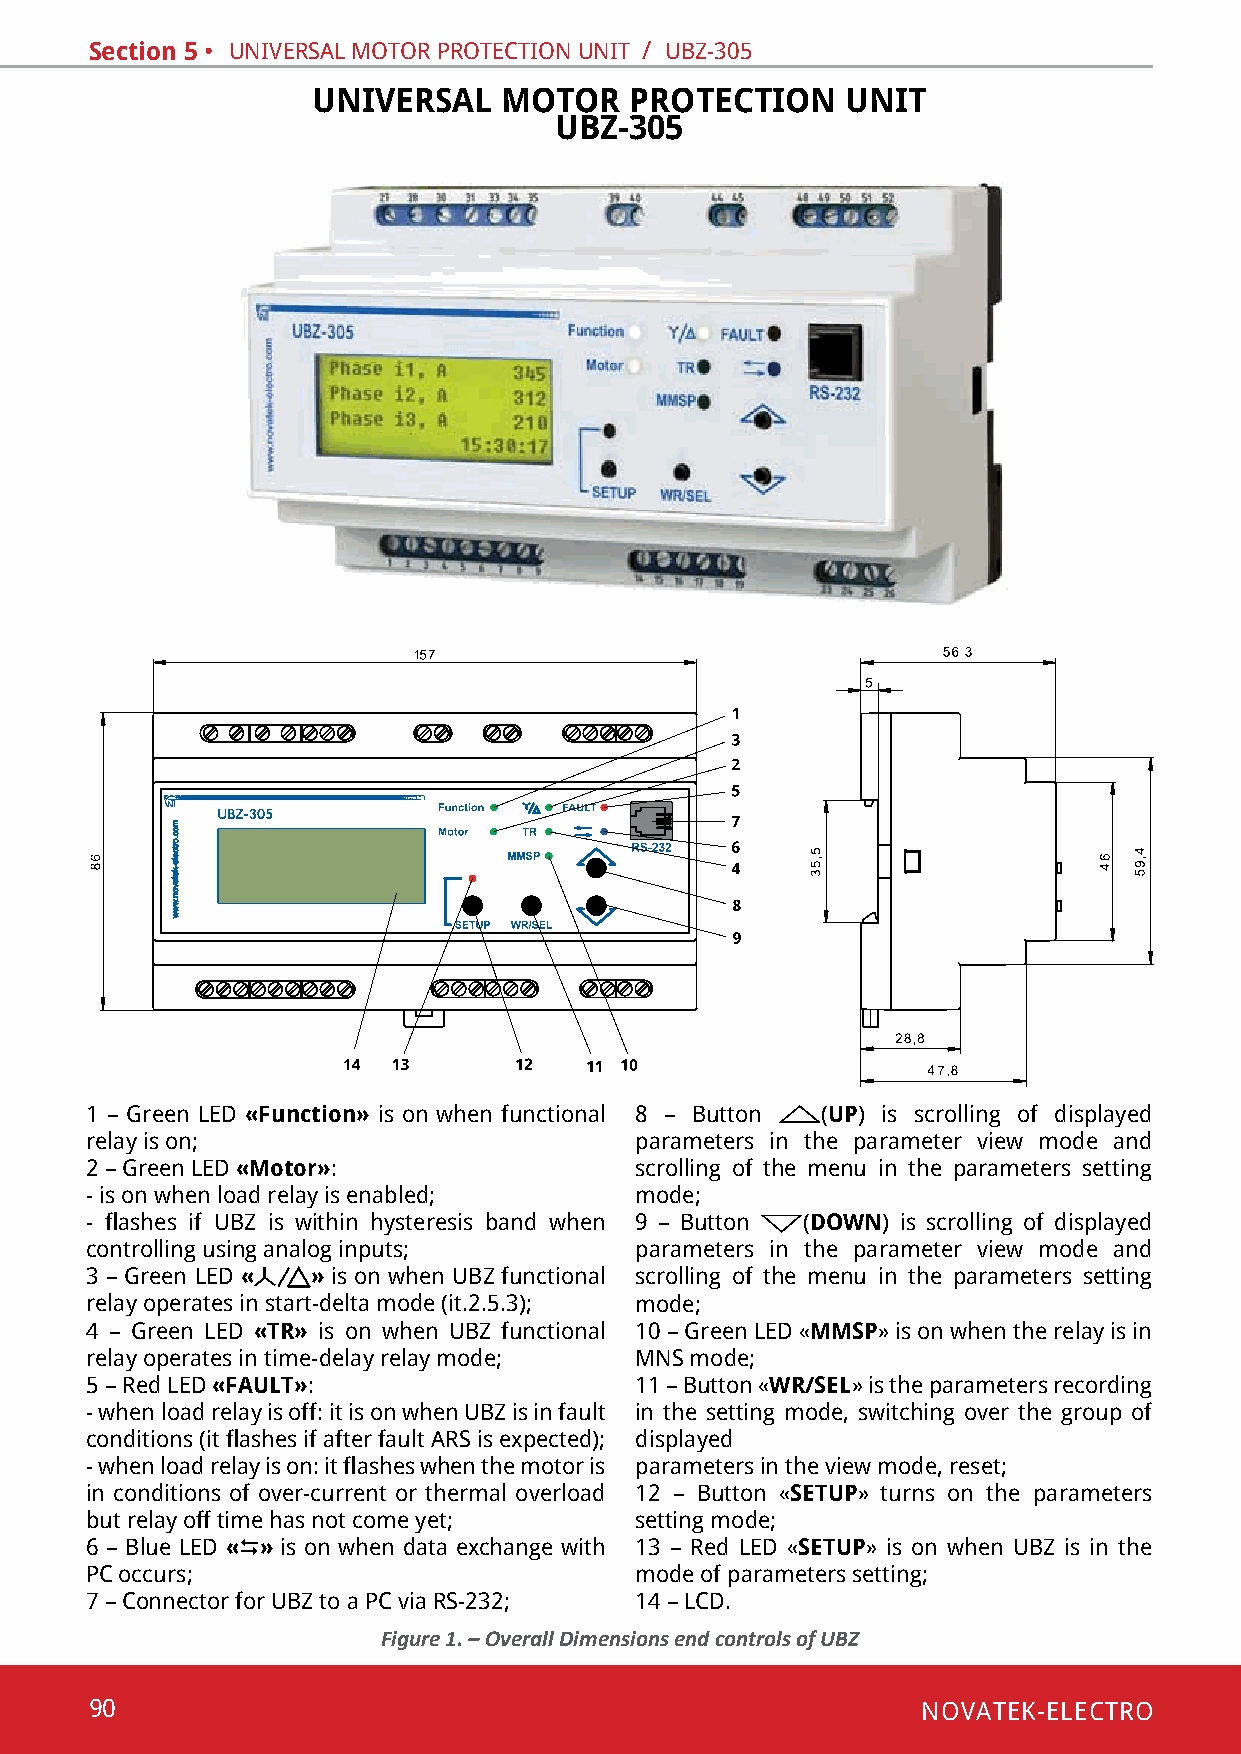
Section 5 • univeRsal motoR pRotection unit / ubZ-305
 UNIVERSAL   MOTOR    PROTECTION    UNIT
 UBZ-305
 1 – Green led «Function» is on when functional 8 – button (UP) is scrolling of displayed
 relay is on;                        parameters in the parameter view mode and
 2 – Green led «Motor»:              scrolling of the menu in the parameters setting
 - is on when load relay is enabled; mode;
 - flashes if UBZ is within hysteresis band when 9 – button (DOWN) is scrolling of displayed
 controlling using analog inputs;    parameters in the parameter view mode and
 3 – Green led « » is on when ubZ functional scrolling of the menu in the parameters setting
 relay operates in start-delta mode (it.2.5.3); mode;
 4 – Green led «TR» is on when ubZ functional 10 – Green led «MMSP» is on when the relay is in
 relay operates in time-delay relay mode; mns mode;
 5 – Red led «FAULT»:                11 – button «WR/SEL» is the parameters recording
 - when load relay is off: it is on when ubZ is in fault in the setting mode, switching over the group of
 conditions (it flashes if after fault ARS is expected); displayed
 - when load relay is on: it flashes when the motor is parameters in the view mode, reset;
 in conditions of over-current or thermal overload 12 – button «SETUP» turns on the parameters
 but relay off time has not come yet; setting mode;
 6 – blue led «» is on when data exchange with 13 – Red led «SETUP» is on when ubZ is in the
 pc occurs;                          mode of parameters setting;
 7 – connector for ubZ to a pc via Rs-232; 14 – lcd.
 Figure 1. – Overall Dimensions end controls of UBZ
 90                                                     NOVATEK-ELECTRO